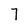
Character: 7